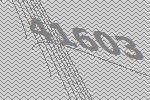
41603